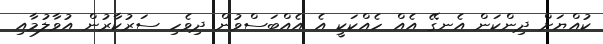
ކުއްޔަށް ދިންކަން އެނގޭ އެއް ހެއްކަކީ އެ އެއްބަސްވުން ދިވެހި ސަރުކާރުން އުވާލުމާއި